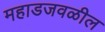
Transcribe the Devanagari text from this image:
महाडजवळील